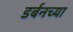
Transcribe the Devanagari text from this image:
डर्बनच्या